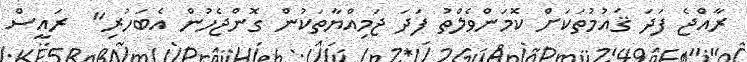
ރާއްޖެ ފަދަ ޤައުމުތަކަށް ކޮމަންވެލްތު ފަދަ ޖަމިއްޔާތަކުން ގޮންޖެހުން އެބަހުރި"  ރައީސް